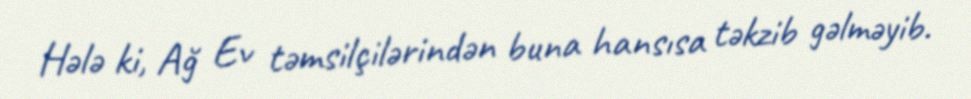
Hələ ki, Ağ Ev təmsilçilərindən buna hansısa təkzib gəlməyib.